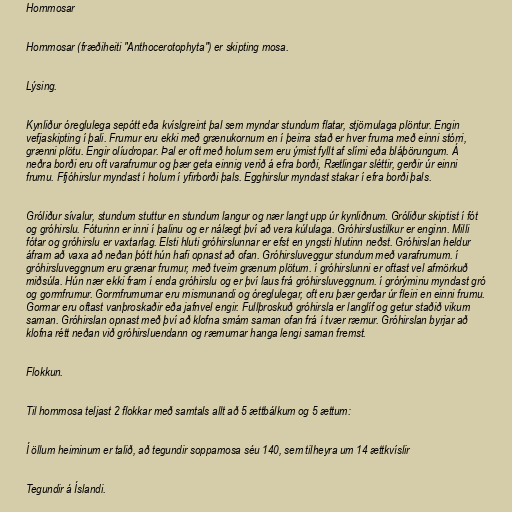
Hornmosar

Hornmosar (fræðiheiti "Anthocerotophyta") er skipting mosa.

Lýsing.

Kynliður óreglulega sepótt eða kvíslgreint þal sem myndar stundum flatar, stjörnulaga plöntur. Engin
vefjaskipting í þali. Frumur eru ekki með grænukornum en í þeirra stað er hver fruma með einni stórri,
grænni plötu. Engir olíudropar. Þal er oft með holum sem eru ýmist fyllt af slími eða bláþörungum. Á
neðra borði eru oft varafrumur og þær geta einnig verið á efra borði, Rætlingar sléttir, gerðir úr einni
frumu. Ffjóhirslur myndast í holum í yfirborði þals. Egghirslur myndast stakar í efra borði þals.

Gróliður sívalur, stundum stuttur en stundum langur og nær langt upp úr kynliðnum. Gróliður skiptist í fót
og gróhirslu. Fóturinn er inni í þalinu og er nálægt því að vera kúlulaga. Gróhirslustilkur er enginn. Milli
fótar og gróhirslu er vaxtarlag. Elsti hluti gróhirslunnar er efst en yngsti hlutinn neðst. Gróhirslan heldur
áfram að vaxa að neðan þótt hún hafi opnast að ofan. Gróhirsluveggur stundum með varafrumum. í
gróhirsluveggnum eru grænar frumur, með tveim grænum plötum. í gróhirslunni er oftast vel afmörkuð
miðsúla. Hún nær ekki fram í enda gróhirslu og er því laus frá gróhirsluveggnum. í grórýminu myndast gró
og gormfrumur. Gormfrumurnar eru mismunandi og óreglulegar, oft eru þær gerðar úr fleiri en einni frumu.
Gormar eru oftast vanþroskaðir eða jafnvel engir. Fullþroskuð gróhirsla er langlíf og getur staðið vikum
saman. Gróhirslan opnast með því að klofna smám saman ofan frá í tvær ræmur. Gróhirslan byrjar að
klofna rétt neðan við gróhirsluendann og ræmurnar hanga lengi saman fremst.

Flokkun.

Til hornmosa teljast 2 flokkar með samtals allt að 5 ættbálkum og 5 ættum:

Í öllum heiminum er talið, að tegundir soppamosa séu 140, sem tilheyra um 14 ættkvíslir

Tegundir á Íslandi.